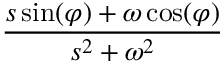
\frac { s \sin ( \varphi ) + \omega \cos ( \varphi ) } { s ^ { 2 } + \omega ^ { 2 } }